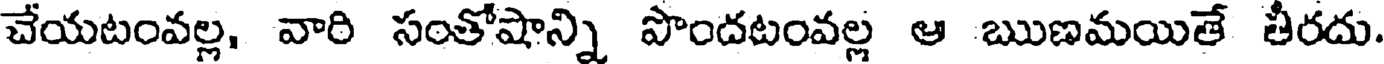
చేయటంవల్ల, వారి సంతోషాన్ని పొందటంవల్ల ఆ ఋణమయితే తీరదు.